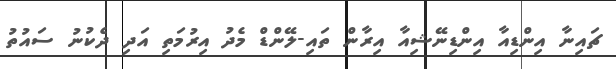
ޗައިނާ އިންޑިއާ އިންޑިނޭޝިއާ އިރާން ތައި-ލޭންޑް މެދު އިރުމަތި އަދި ދެކުނު ސައުތު